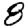
Digit: 8